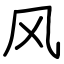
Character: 风